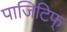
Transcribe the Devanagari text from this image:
पाजिटिफ्